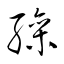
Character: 繰